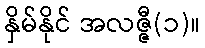
နှိမ်နိုင် အလဇ္ဇီ(၁)။